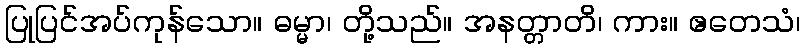
ပြုပြင်အပ်ကုန်သော။ ဓမ္မာ၊ တို့သည်။ အနတ္တာတိ၊ ကား။ ဧတေသံ၊